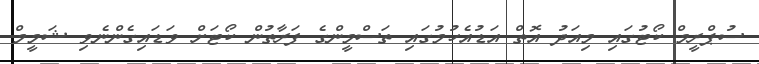
ސުޕްރީމް ކޯޓުގައި މިއަދު އޮތް އަޑުއެހުމުގައި ތަސްމީންގެ ފަރާތުން ކޯޓަށް ވަޑައިގެންނެވި ޝަމީމް